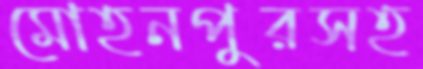
মোহনপুরসহ